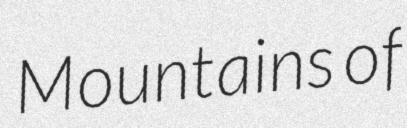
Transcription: Mountains of